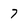
Character: 7